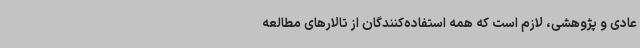
عادی و پژوهشی، لازم است که همه استفاده‌کنندگان از تالارهای مطالعه